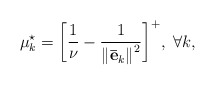
\begin{align*} \mu _k^{\star} = {\left[ {\frac{1}{\nu } - \frac{1}{{{\left\| {{{\bf{\bar e}}_k}} \right\|}^2}}} \right]^ + }, \ \forall k, \end{align*}